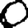
Digit: 0